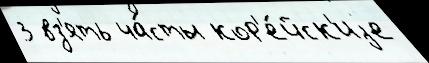
3 вз'ять ча́сты кор'е́йск'иjе